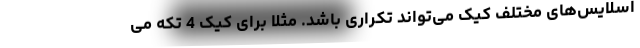
اسلایس‌های مختلف کیک می‌تواند تکراری باشد. مثلا برای کیک 4 تکه می